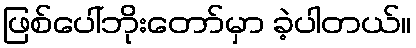
ဖြစ်ပေါ်ဘိုးတော်မှာ ခဲ့ပါတယ်။